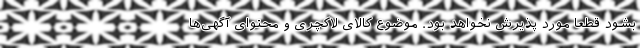
بشود قطعاً مورد پذیرش نخواهد بود. موضوع کالای لاکچری و محتوای آگهی‌ها